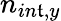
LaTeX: n_{in\mathfrak{t},y}